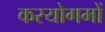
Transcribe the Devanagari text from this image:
करयोगमों